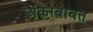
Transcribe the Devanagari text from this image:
अंकाबाबत